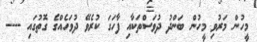
މީހުން މަރުވި މީހުން ބަންދު ދުވަސްތަކާއި ފާހަގަ ކުރެވޭ ދުވަހެއްގެ ގޮތުގައި ----